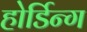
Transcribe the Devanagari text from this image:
होर्डिन्ग